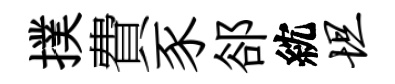
撲費豕郤紞坦